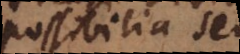
possibilia seu